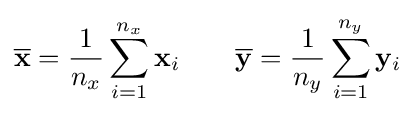
{\overline {\mathbf {x} }}={\frac {1}{n_{x}}}\sum _{i=1}^{n_{x}}\mathbf {x} _{i}\qquad {\overline {\mathbf {y} }}={\frac {1}{n_{y}}}\sum _{i=1}^{n_{y}}\mathbf {y} _{i}